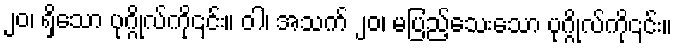
၂၀၊ ရှိသော ပုဂ္ဂိုလ်ကို၎င်း။ ဝါ၊ အသက် ၂၀၊ မပြည့်သေးသော ပုဂ္ဂိုလ်ကို၎င်း။